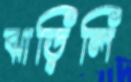
ঝাড়িলি